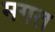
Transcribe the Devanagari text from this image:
मगत